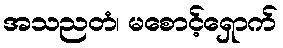
အသညတံ၊ မစောင့်ရှောက်